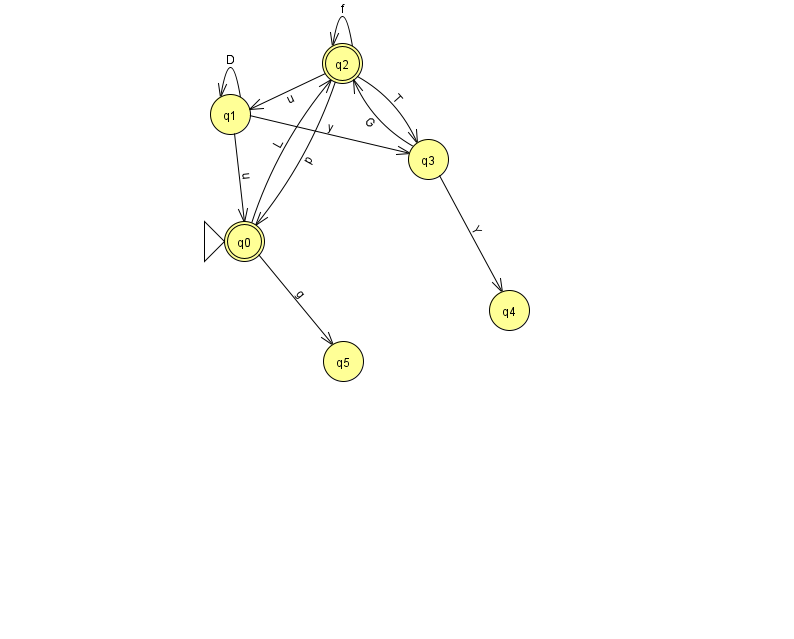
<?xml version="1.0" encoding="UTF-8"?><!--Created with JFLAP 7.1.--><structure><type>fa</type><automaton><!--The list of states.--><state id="0" name="q0"><x>244.0</x><y>228.0</y><initial/><final/></state><state id="1" name="q1"><x>230.0</x><y>101.0</y></state><state id="2" name="q2"><x>342.0</x><y>50.0</y><final/></state><state id="3" name="q3"><x>428.0</x><y>146.0</y></state><state id="4" name="q4"><x>509.0</x><y>297.0</y></state><state id="5" name="q5"><x>343.0</x><y>348.0</y></state><!--The list of transitions.--><transition><from>3</from><to>4</to><read>Y</read></transition><transition><from>2</from><to>0</to><read>p</read></transition><transition><from>1</from><to>1</to><read>D</read></transition><transition><from>2</from><to>2</to><read>f</read></transition><transition><from>3</from><to>2</to><read>G</read></transition><transition><from>2</from><to>3</to><read>T</read></transition><transition><from>0</from><to>5</to><read>g</read></transition><transition><from>1</from><to>0</to><read>u</read></transition><transition><from>0</from><to>2</to><read>L</read></transition><transition><from>2</from><to>1</to><read>u</read></transition><transition><from>1</from><to>3</to><read>y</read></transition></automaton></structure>